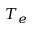
T _ { e }